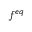
f ^ { e q }